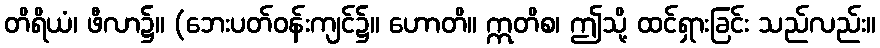
တိရိယံ၊ ဖီလာ၌။ (ဘေးပတ်ဝန်းကျင်၌။ ဟောတိ။ ဣတိစ၊ ဤသို့ ထင်ရှားခြင်း သည်လည်း။